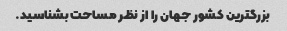
بزرگترین کشور جهان را از نظر مساحت بشناسید.